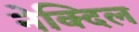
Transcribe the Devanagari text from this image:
नेक्दिल